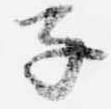
子